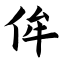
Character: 侔